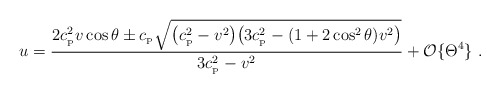
\begin{align*}u={2c_{_{\rm P}}^2 v\cos\theta \pm c_{_{\rm P}}\sqrt {\big(c_{_{\rm P}}^2-v^2\big)\big(3c_{_{\rm P}}^2-(1+2\cos^2\theta)v^2\big)}\over 3c_{_{\rm P}}^2-v^2}+{\cal O}\{\Theta^4\} \ .\end{align*}